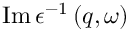
\operatorname { I m } \epsilon ^ { - 1 } \left( q , \omega \right)